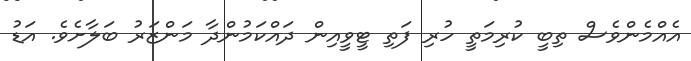
އެއްމެންވެސް ތިބީ ކުރިމަތީ ހުރި ފަތި ޓީވީއިން ދައްކަމުންދާ މަންޒަރު ބަލާށެވެ. އަޑު